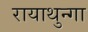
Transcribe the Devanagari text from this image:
रायाथुन्गा